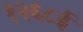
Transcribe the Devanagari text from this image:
१२६८ई